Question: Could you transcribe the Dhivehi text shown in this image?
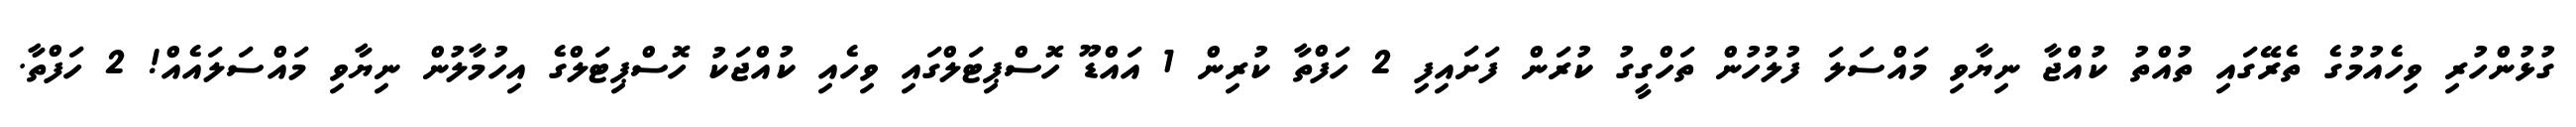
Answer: ގުޅުންހުރި ވިހެއުމުގެ ތެރޭގައި ތުއްތު ކުއްޖާ ނިޔާވި މައްސަލަ ފުލުހުން ތަހްގީގު ކުރަން ފަށައިފި 2 ހަފްތާ ކުރިން 1 އައްޑޫ ހޮސްޕިޓަލްގައި ވިހެއި ކުއްޖަކު ހޮސްޕިޓަލްގެ އިހުމާލުން ނިޔާވި މައްސަލައެއް! 2 ހަފްތާ.